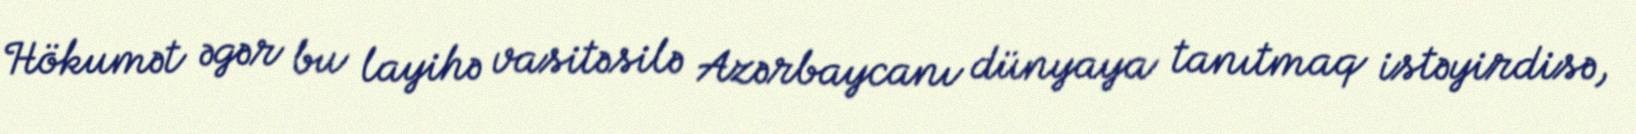
Hökumət əgər bu layihə vasitəsilə Azərbaycanı dünyaya tanıtmaq istəyirdisə,